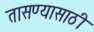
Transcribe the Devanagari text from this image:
तासण्यासाठी